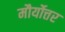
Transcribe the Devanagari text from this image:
मौर्योत्तर